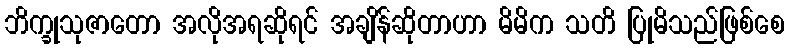
ဘိက္ခုသုဇာတော အလိုအရဆိုရင် အချိန်ဆိုတာဟာ မိမိက သတိ ပြုမိသည်ဖြစ်စေ